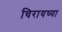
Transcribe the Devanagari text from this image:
चिरायच्या